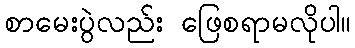
စာမေးပွဲလည်း ဖြေစရာမလိုပါ။